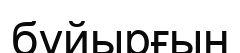
бұйырғын